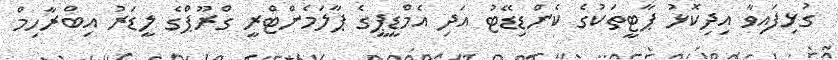
ގުޅިފައިވާ އިދިކޮޅު ޕާޓީތަކުގެ ކެންޑިޑޭޓު އަދި އެމްޑީޕީގެ ޕާލަމެންޓްރީ ގްރޫޕްގެ ލީޑަރު އިބްރާހިމް